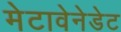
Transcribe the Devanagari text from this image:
मेटावेनेडेट